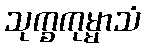
သုက္ခကုမ္မာသံ